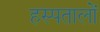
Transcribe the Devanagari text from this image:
हस्पतालों